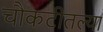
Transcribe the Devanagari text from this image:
चौकटीतल्या